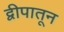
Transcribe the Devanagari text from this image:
द्वीपातून